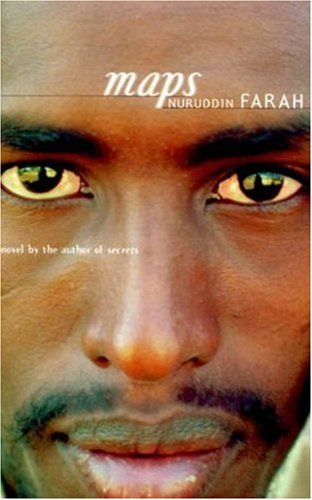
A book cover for Maps; Nuruddin Farah; Travel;